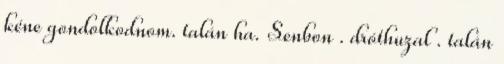
kéne gondolkodnom. talán ha. Senbon . dróthuzal . talán